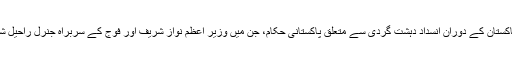
ترجمان نے کہا کہ وزیر خارجہ جان کیری کے حالیہ دورہٴپاکستان کے دوران انسداد دہشت گردی سے متعلق پاکستانی حکام، جن میں وزیر اعظم نواز شریف اور فوج کے سربراہ جنرل راحیل شامل ہیں، سے ملاقاتیں کیں اور ’وسیع تر‘ امور پر گفتگو کی۔